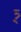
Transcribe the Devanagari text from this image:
त्र्